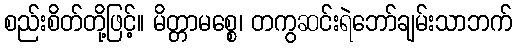
စည်းစိတ်တို့ဖြင့်။ မိတ္တာမစ္စေ၊ တကွဆင်းရဲဘော်ချမ်းသာဘက်